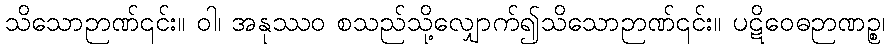
သိသောဉာဏ်၎င်း။ ဝါ၊ အနုဿဝ စသည်သို့လျှောက်၍သိသောဉာဏ်၎င်း။ ပဋိဝေဓဉာဏဉ္စ၊